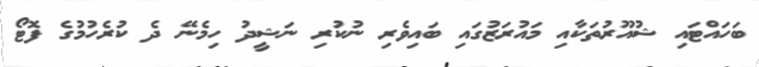
ބަހައްޓައި ޝުއޫރުތަކާއި މައުރަޒުގައި ބައިވެރި ނުކުރި ނަޝީދު ހިމެނޭ ދެ ކުރެހުމުގެ ފޮޓޯ